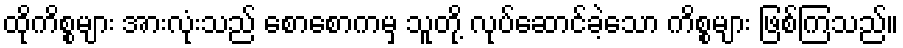
ထိုကိစ္စများ အားလုံးသည် စောစောကမှ သူတို့ လုပ်ဆောင်ခဲ့သော ကိစ္စများ ဖြစ်ကြသည်။